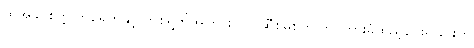
ထိုအခါ စက္ကူတစ်ရွက်နှင့် တစ်ရွက်အကြားတွင် ဆီစိမ်စက္ကူကို ကြားခံထည့်ပေးရခြင်းကို